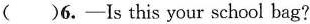
( ）6.-Is this your school bag?